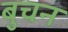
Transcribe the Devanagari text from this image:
बुचन